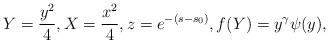
LaTeX: \begin{align*} Y=\frac{y^2}{4},X=\frac{x^2}{4},z=e^{-( s- s_0)},f(Y)=y^{\gamma}\psi(y), \end{align*}